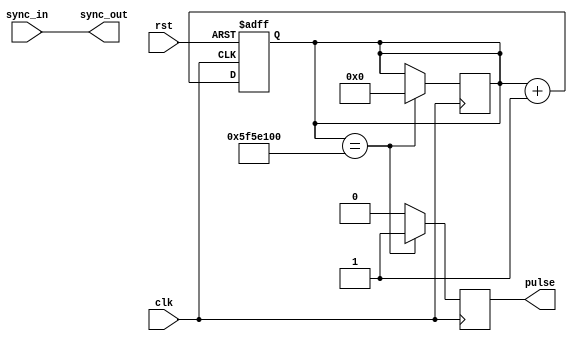
module RTC_timer (
    input wire clk, // Reference clock input
    input wire rst, // Reset signal
    output reg pulse, // Output signal for triggering events
    
    // Additional input/output ports for synchronization block
    input wire sync_in, // Input signal for synchronization
    output wire sync_out // Output signal for synchronization
);

reg [31:0] counter; // 32-bit counter for timing control

always @(posedge clk or posedge rst) begin
    if (rst) begin
        counter <= 32'h0; // Reset counter on reset signal
    end else begin
        counter <= counter + 1; // Increment counter on clock edge
    end
end

// Timing control block: Output pulse at specific interval
always @(posedge clk) begin
    if (counter == 100000000) begin // Output pulse every 1 second
        pulse <= 1;
        counter <= 32'h0; // Reset counter after outputting pulse
    end else begin
        pulse <= 0;
    end
end

// Synchronization block: Synchronize components to common reference clock
assign sync_out = sync_in; // Pass input signal through for synchronization

endmodule